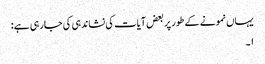
یہاں نمونے کے طور پر بعض آیات کی نشاندہی کی جارہی ہے :
١۔